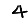
Digit: 4